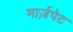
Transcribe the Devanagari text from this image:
मार्ज़पेट